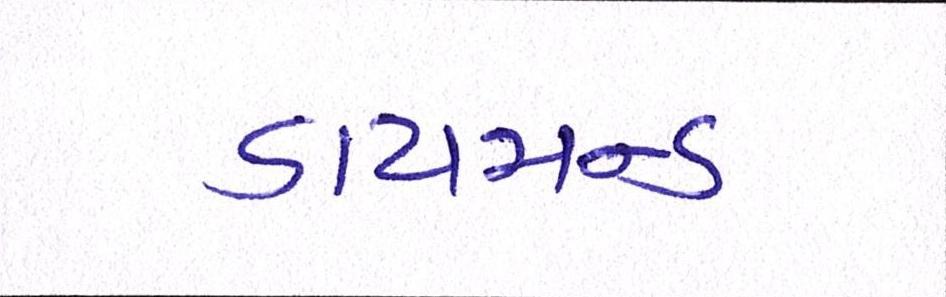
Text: ડાયમન્ડ